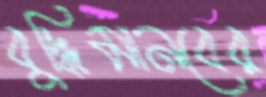
বুদ্ধিমানবের